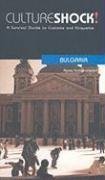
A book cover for Culture Shock! Bulgaria (Culture Shock! Guides) (Cultureshock Bulgaria: A Survival Guide to Customs & Etiquette); Agnes Sachsenroeder; Travel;